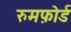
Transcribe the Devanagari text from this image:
रुमफ़ोर्ड